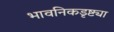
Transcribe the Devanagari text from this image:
भावनिकडृष्ट्या